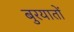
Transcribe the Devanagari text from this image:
बुरयातों